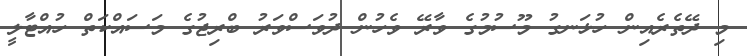
މި ދޭތެރެއިން ހުޅަނގު މޫސުމުގެ ވާރޭ ވެހުން ދުވަސްވަރު ބްރިޖުގެ މަސައްކަތް ހުއްޓާލީ